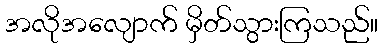
အလိုအလျောက် မှိတ်သွားကြသည်။